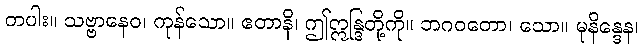
တပါး။ သဗ္ဗာနေဝ၊ ကုန်သော။ ဧတာနိ၊ ဤဣန္ဒြတို့ကို။ ဘဂဝတော၊ သော။ မုနိန္ဒေန၊